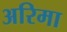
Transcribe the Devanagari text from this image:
अरिमा